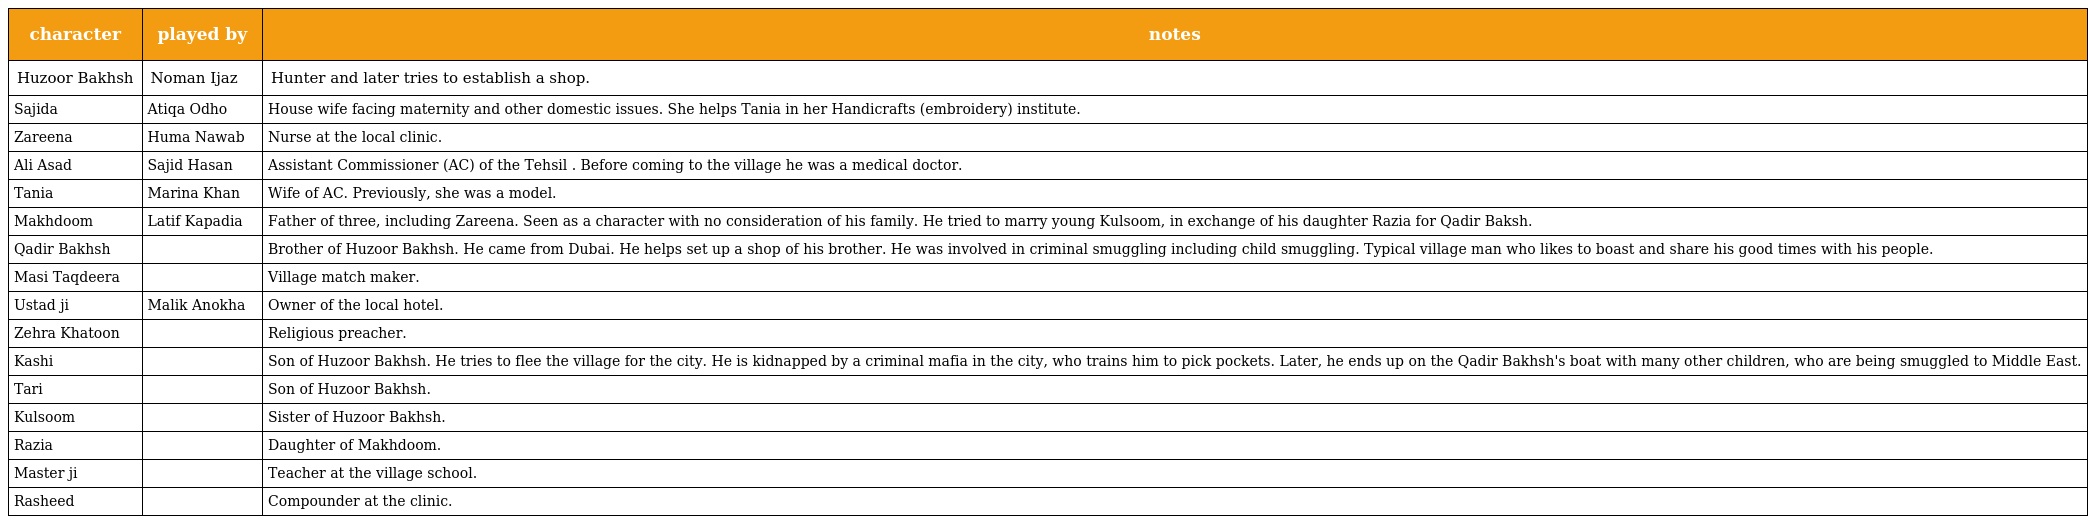
| character | played by | notes |
 | --- | --- | --- |
 | Huzoor Bakhsh | Noman Ijaz | Hunter and later tries to establish a shop. |
 | Sajida | Atiqa Odho | House wife facing maternity and other domestic issues. She helps Tania in her Handicrafts (embroidery) institute. |
 | Zareena | Huma Nawab | Nurse at the local clinic. |
 | Ali Asad | Sajid Hasan | Assistant Commissioner (AC) of the Tehsil . Before coming to the village he was a medical doctor. |
 | Tania | Marina Khan | Wife of AC. Previously, she was a model. |
 | Makhdoom | Latif Kapadia | Father of three, including Zareena. Seen as a character with no consideration of his family. He tried to marry young Kulsoom, in exchange of his daughter Razia for Qadir Baksh. |
 | Qadir Bakhsh |  | Brother of Huzoor Bakhsh. He came from Dubai. He helps set up a shop of his brother. He was involved in criminal smuggling including child smuggling. Typical village man who likes to boast and share his good times with his people. |
 | Masi Taqdeera |  | Village match maker. |
 | Ustad ji | Malik Anokha | Owner of the local hotel. |
 | Zehra Khatoon |  | Religious preacher. |
 | Kashi |  | Son of Huzoor Bakhsh. He tries to flee the village for the city. He is kidnapped by a criminal mafia in the city, who trains him to pick pockets. Later, he ends up on the Qadir Bakhsh's boat with many other children, who are being smuggled to Middle East. |
 | Tari |  | Son of Huzoor Bakhsh. |
 | Kulsoom |  | Sister of Huzoor Bakhsh. |
 | Razia |  | Daughter of Makhdoom. |
 | Master ji |  | Teacher at the village school. |
 | Rasheed |  | Compounder at the clinic. |